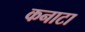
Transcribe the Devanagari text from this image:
कनाटा